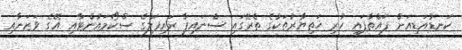
ކަނޑުއަޑިއަށް ފައްތާފައި ހުރި ހަތިޔާރުތަކުގެ ތެރޭގައި ސްނައިޕާ ރައިފަލްގެ ސްކޯމައުންޓާއި އޭގެ ވަޒަނާއި